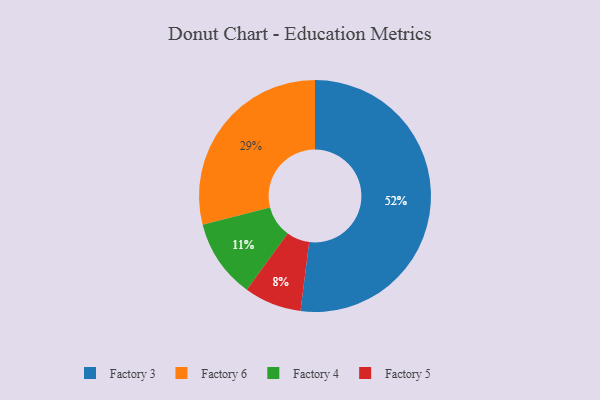
{"axis": {"x": "Category", "y": "Percentage"}, "legend": ["Factory 3", "Factory 4", "Factory 5", "Factory 6"], "data": [{"x": "Factory 4", "y": 11, "type": "Factory 4"}, {"x": "Factory 5", "y": 8, "type": "Factory 5"}, {"x": "Factory 6", "y": 29, "type": "Factory 6"}, {"x": "Factory 3", "y": 52, "type": "Factory 3"}]}